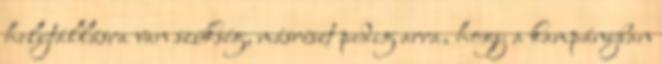
helytállásra van szükség, másrészt pedig arra, hogy a kampányban